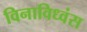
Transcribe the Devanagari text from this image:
विनाविध्वंस